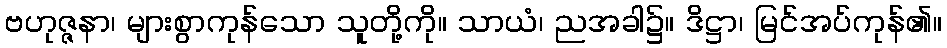
ဗဟုဇ္ဇနာ၊ များစွာကုန်သော သူတို့ကို။ သာယံ၊ ညအခါ၌။ ဒိဋ္ဌာ၊ မြင်အပ်ကုန်၏။